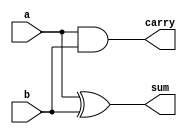
`timescale 1 ns/10 ps
module half_adder(a,b,sum,carry);

   input a,b;
   output wire sum,carry;


assign sum=a^b;
assign carry=a&b;
endmodule